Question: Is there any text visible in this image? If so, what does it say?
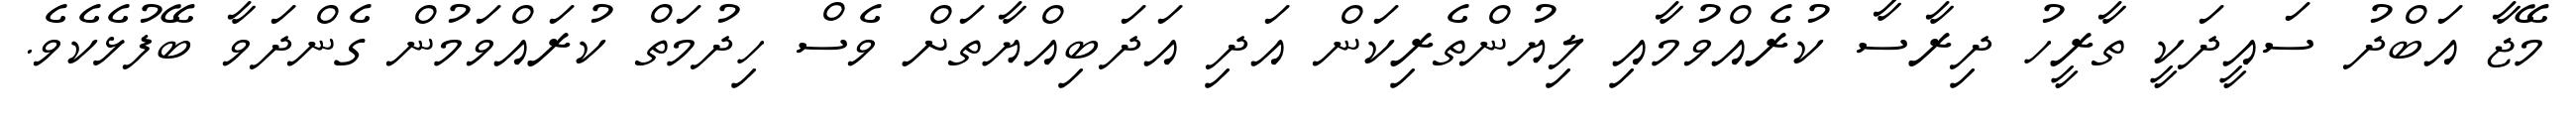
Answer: މޭޖާ އަބްދު ސައީދަކީ ތާރީހު ދިރާސާ ކުރެއްވުމާއި ލިޔުންތެރިކަން އަދި އަދަބިއްޔާތަށް ވެސް ހިދުމަތް ކުރައްވަމުން ގެންދަވާ ބޭފުޅެކެވެ.